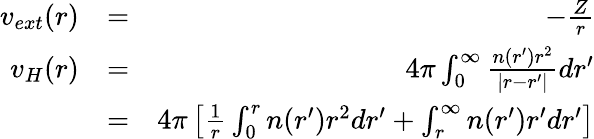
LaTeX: \begin{array}{rlr}{v_{ext}(r)}&{=}&{-\frac{Z}{r}}\\ {v_{H}(r)}&{=}&{4\pi\int_{0}^{\infty}\frac{n(r^{\prime})r^{2}}{|r-r^{\prime}|}dr^{\prime}}\\ &{=}&{4\pi\left[\frac{1}{r}\int_{0}^{r}n(r^{\prime})r^{2}dr^{\prime}+\int_{r}^{\infty}n(r^{\prime})r^{\prime}dr^{\prime}\right]}\end{array}